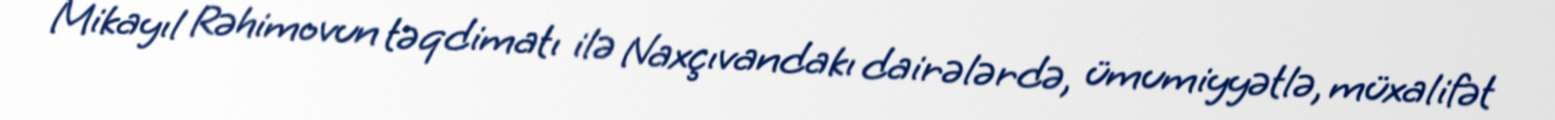
Mikayıl Rəhimovun təqdimatı ilə Naxçıvandakı dairələrdə, ümumiyyətlə, müxalifət